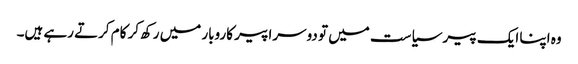
وہ اپنا ایک پیر سیاست میں تو دوسرا پیر کاروبار میں رکھ‌کر کام کرتے رہے ہیں۔